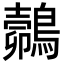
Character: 𪄽